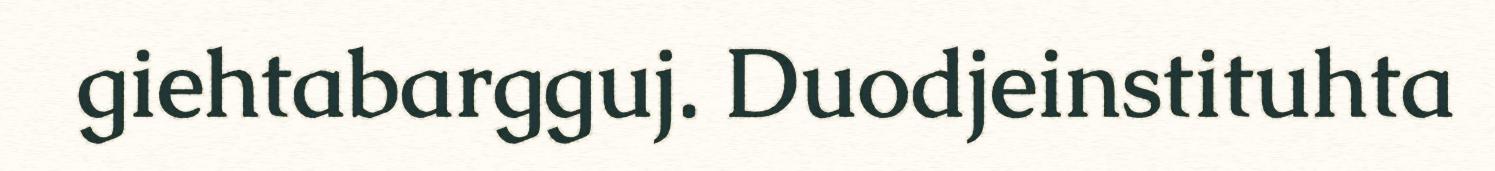
giehtabargguj. Duodjeinstituhta